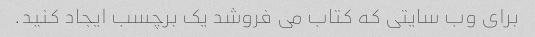
برای وب سایتی که کتاب می فروشد یک برچسب ایجاد کنید.